Elephants and their diseases
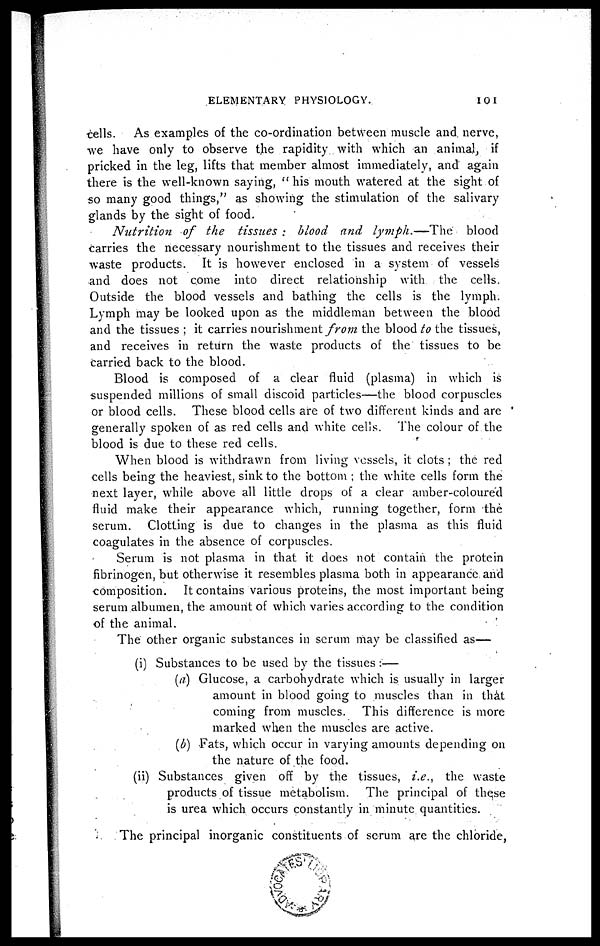
ELEMENTARY PHYSIOLOGY.
101
cells. As examples of the co-ordination between muscle and. nerve,
we have only to observe the rapidity with which an animal, if
pricked in the leg, lifts that member almost immediately, and again
there is the well-known saying, "his mouth watered at the sight of
so many good things," as showing the stimulation of the salivary
glands by the sight of food.
Nutrition
of the tissues : blood and lymph.—The
blood
carries the necessary nourishment to the tissues and receives their
waste products. It is however enclosed in a system of vessels
and does not come into direct relationship with the cells.
Outside the blood vessels and bathing the cells is the lymph.
Lymph may be looked upon as the middleman between the blood
and the tissues ; it carries nourishment from the blood to the tissues,
and receives in return the waste products of the tissues to be
carried back to the blood.
Blood is composed of a clear fluid (plasma) in which is
suspended millions of small discoid particles—the blood corpuscles
or blood cells. These blood cells are of two different kinds and are
generally spoken of as red cells and white cells. The colour of the
blood is due to these red cells.
When blood is withdrawn from living vessels, it clots ; the red
cells being the heaviest, sink to the bottom ; the white cells form the
next layer, while above all little drops of a clear amber-coloured
fluid make their appearance which, running together, form the
serum. Clotting is due to changes in the plasma as this fluid
coagulates in the absence of corpuscles.
Serum is not plasma in that it does not contain the protein
fibrinogen, but otherwise it resembles plasma both in appearance and
composition. It contains various proteins, the most important being
serum albumen, the amount of which varies according to the condition
of the animal.
The other organic substances in scrum may be classified as—
(i) Substances to be used by the tissues :—
(a) Glucose, a carbohydrate which is usually in larger
amount in blood going to muscles than in that
coming from muscles. This difference is more
marked when the muscles are active.
(b) Fats, which occur in varying amounts depending on
the nature of the food.
(ii) Substances given off by the tissues, i.e., the waste
products of tissue metabolism. The principal of these
is urea which occurs constantly in minute quantities.
The principal inorganic constituents of serum are the chloride,